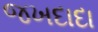
જખદાદા